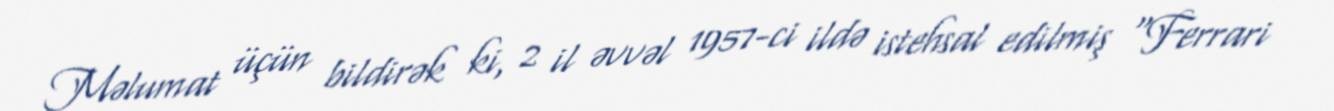
Məlumat üçün bildirək ki, 2 il əvvəl 1957-ci ildə istehsal edilmiş “Ferrari